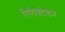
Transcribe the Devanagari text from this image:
रिलैक्टेशन